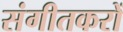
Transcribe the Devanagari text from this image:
संगीतकरों